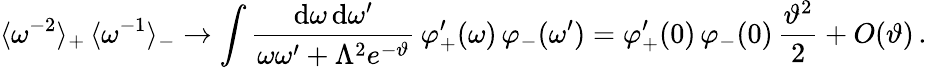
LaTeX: \langle\omega^{-2}\rangle_{+}\, \langle\omega^{-1}\rangle_{-}\to\int\frac{\mathrm{d}\omega\, \mathrm{d}\omega^{\prime}}{\omega\omega^{\prime}+\Lambda^{2}e^{-\vartheta}}\, \varphi_{+}^{\prime}(\omega)\, \varphi_{-}(\omega^{\prime})=\varphi_{+}^{\prime}(0)\, \varphi_{-}(0)\, \frac{\vartheta^{2}}{2}+O(\vartheta)\, .